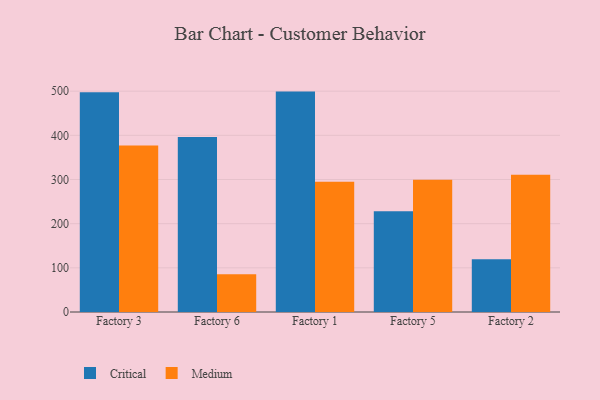
{"axis": {"x": "Factory", "y": "LTV (USD)"}, "legend": ["Critical", "Medium"], "data": [{"x": "Factory 3", "y": 497.3, "type": "Critical"}, {"x": "Factory 3", "y": 376.8, "type": "Medium"}, {"x": "Factory 6", "y": 396.1, "type": "Critical"}, {"x": "Factory 6", "y": 85.7, "type": "Medium"}, {"x": "Factory 1", "y": 499.0, "type": "Critical"}, {"x": "Factory 1", "y": 295.1, "type": "Medium"}, {"x": "Factory 5", "y": 228.2, "type": "Critical"}, {"x": "Factory 5", "y": 299.2, "type": "Medium"}, {"x": "Factory 2", "y": 119.3, "type": "Critical"}, {"x": "Factory 2", "y": 310.5, "type": "Medium"}]}